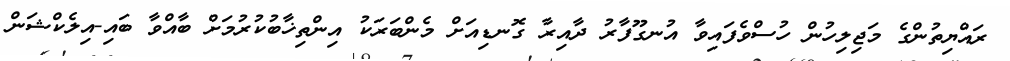
ރައްޔިތުންގެ މަޖިލިހުން ހުސްވެފައިވާ އުނގޫފާރު ދާއިރާ ގޮނޑިއަށް މެންބަރަކު އިންތިޚާބުކުރުމަށް ބާއްވާ ބައި-އިލެކްޝަން